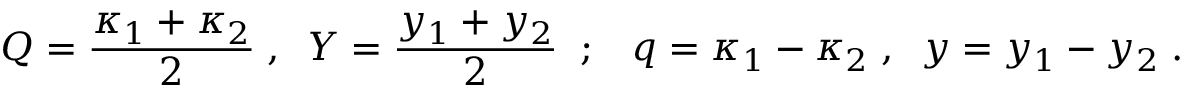
Q = { \frac { \kappa _ { 1 } + \kappa _ { 2 } } { 2 } } \; , \; \; Y = { \frac { y _ { 1 } + y _ { 2 } } { 2 } } \; \; ; \; \; \; q = \kappa _ { 1 } - \kappa _ { 2 } \; , \; \; y = y _ { 1 } - y _ { 2 } \; .